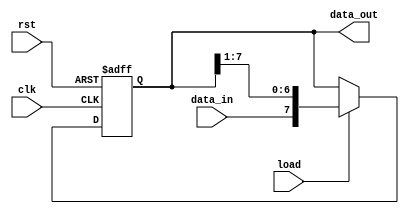
module sipo_1 (input load, clk, rst,
               input data_in,
               output [7:0] data_out);
  
  reg [7:0] data_reg;
  
  always @ (posedge clk or negedge rst) begin
    if (~rst)
      data_reg <= 8'h00; 
    else if (load)
      data_reg <= {data_in, data_reg[7:1]}; 
  end
 
  assign data_out = data_reg;
  
endmodule